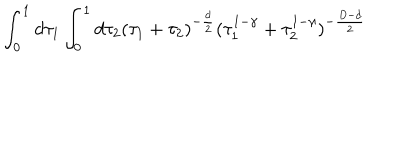
LaTeX: \int _ { 0 } ^ { 1 } d \tau _ { 1 } \int _ { 0 } ^ { 1 } d \tau _ { 2 } ( \tau _ { 1 } + \tau _ { 2 } ) ^ { - \frac { d } { 2 } } ( \tau _ { 1 } ^ { 1 - \gamma } + \tau _ { 2 } ^ { 1 - \gamma } ) ^ { - \frac { D - d } { 2 } }